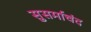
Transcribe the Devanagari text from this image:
सुसर्माचंद